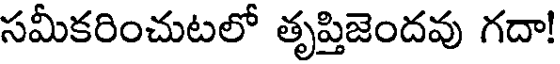
సమీకరించుటలో తృప్తిజెందవు గదా!